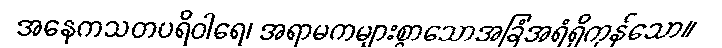
အနေကသတပရိဝါရေ၊ အရာမကများစွာသောအခြံအရံရှိကုန်သော။